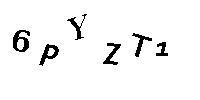
6PYZT1